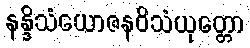
နန္ဒိသံယောဇနဝိသံယုတ္တော